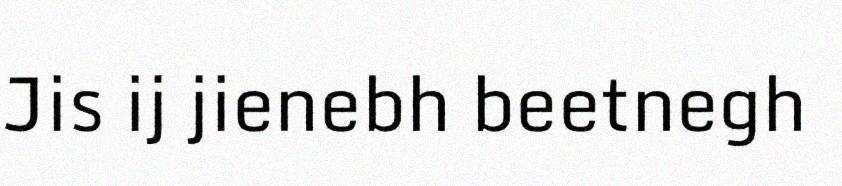
Jis ij jienebh beetnegh